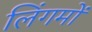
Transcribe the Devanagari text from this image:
लिंगमों